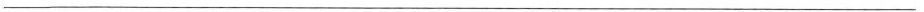
___